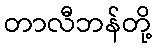
တာလီဘန်တို့